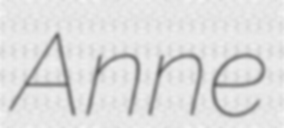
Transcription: Anne